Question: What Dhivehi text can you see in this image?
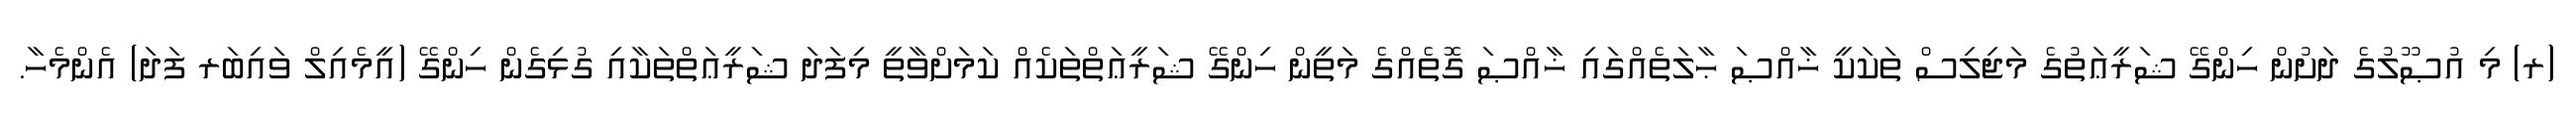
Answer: (ރ) މި އުޞޫލުގެ ދަށުން ހިންގޭ ޝަރީޢަތުގެ މަޖިލިސް ތަކަކީ ޚާއްޞަ ޙާލަތެއްގައި ޚާއްޞަ ގޮތެއްގެ މަތީން ހިންގޭ ޝަރީޢަތްތަކެއް ކަމަށްވާތީ މިފަދަ ޝަރީޢަތްތަކާއި ގުޅިގެން ހިންގޭ (އީމެއިލް ވައިބަރ ފަދަ) އެންމެހާ.